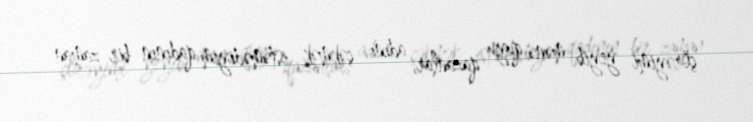
çörəyimi yeyib mənə quyu qazanlar, adını çəkmək istəmədiyim qadının bir zaman